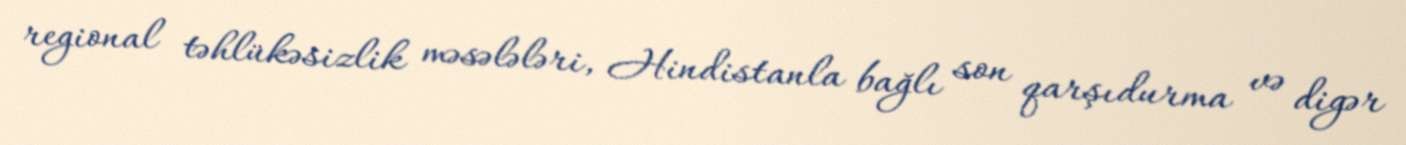
regional təhlükəsizlik məsələləri, Hindistanla bağlı son qarşıdurma və digər